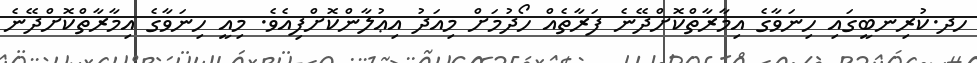
ހދ.ކުރިނބީގައި ހިނަވާގެ އިމާރާތްކޮށްދޭނެ ފަރާތެއް ހޯދުމަށް މިއަދު އިޢުލާންކޮށްފިއެވެ. މިއީ ހިނަވާގެ އިމާރާތްކޮށްދޭނެ